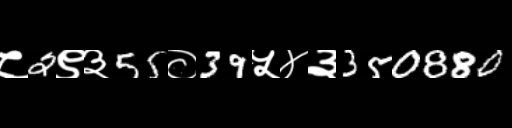
Text: ८2९३55०39५४३350880